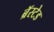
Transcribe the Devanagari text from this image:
ब्रॅस्टेड